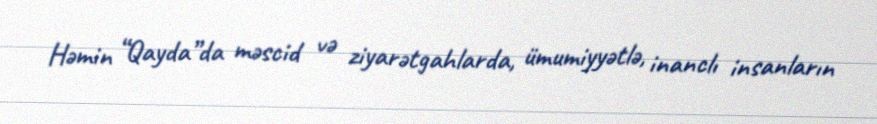
Həmin “Qayda”da məscid və ziyarətgahlarda, ümumiyyətlə, inanclı insanların